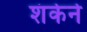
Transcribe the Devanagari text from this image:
शंकेने